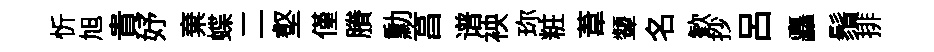
忻旭貴妤棄蝶二壑僅賸勳亯谱䘧珎粧葦顰名歓抄吕矗鬚排